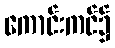
ကောင်းကင်၌